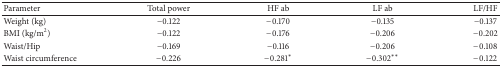
<table><thead><tr><td><b>Parameter</b></td><td><b>Total power</b></td><td><b>HF ab</b></td><td><b>LF ab</b></td><td><b>LF/HF</b></td></tr></thead><tbody><tr><td>Weight (kg)</td><td>−0.122</td><td>−0.170</td><td>−0.135</td><td>−0.137</td></tr><tr><td>BMI (kg/m<sup>2</sup>)</td><td>−0.122</td><td>−0.176</td><td>−0.206</td><td>−0.202</td></tr><tr><td>Waist/Hip</td><td>−0.169</td><td>−0.116</td><td>−0.206</td><td>−0.108</td></tr><tr><td>Waist circumference</td><td>−0.226</td><td>−0.281*</td><td>−0.302**</td><td>−0.122</td></tr></tbody></table>